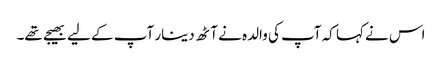
اس نے کہا کہ آپ کی والدہ نے آٹھ دینار آپ کے لیے بھیجے تھے۔